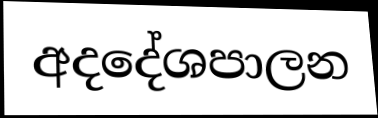
අදදේශපාලන